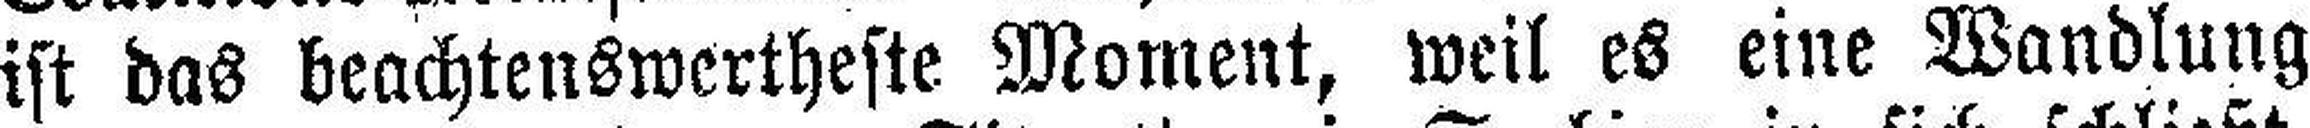
ist das beachtenswertheste Moment, weil es eine Wandlung